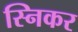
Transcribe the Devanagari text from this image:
स्निकर